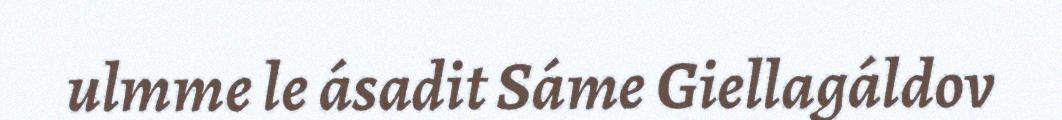
ulmme le ásadit Sáme Giellagáldov